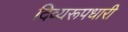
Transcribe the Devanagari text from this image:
दिव्यरूपधारी